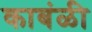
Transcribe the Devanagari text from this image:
काबंळी